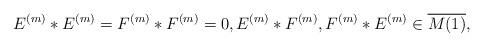
LaTeX: \begin{gather*}E^{(m)} * E^{(m)}=F^{(m)} * F^{(m)}=0,E^{(m)} * F^{(m)},F^{(m)} * E^{(m)} \in \overline{M(1)},\end{gather*}